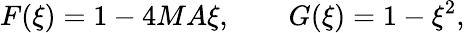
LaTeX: F(\xi)=1-4MA\xi,\qquad G(\xi)=1-\xi^{2},